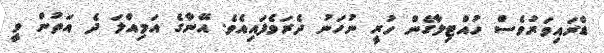
ޑްރައިވަރުވެސް ހުއްޓިލާގެން ހުރީ ނުހަނު ދެރަވެފައިއެވެ. އޭނާގެ އަމިއްލަ ދެ އަތުން ވީ